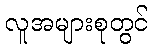
လူအများစုတွင်